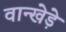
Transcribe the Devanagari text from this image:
वान्खेड़े